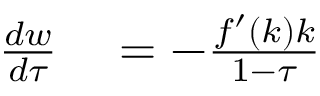
\begin{array} { r l } { { \frac { d w } { d \tau } } } & { { } = - { \frac { f ^ { \prime } ( k ) k } { 1 - \tau } } } \end{array}